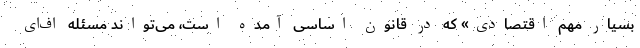
بسیار مهم اقتصادی» که در قانون اساسی آمده است، می‌تواند مسئله اف‌ای